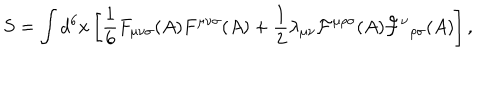
S = \int d ^ { 6 } x \left[ { \frac 1 6 } F _ { { \mu } { \nu } { \sigma } } ( A ) F ^ { { \mu } { \nu } { \sigma } } ( A ) + { \frac 1 2 } { \lambda } _ { { \mu } { \nu } } { \cal F } ^ { { \mu } { \rho } { \sigma } } ( A ) { { \cal F } ^ { \nu } } _ { { \rho } { \sigma } } ( A ) \right] ,